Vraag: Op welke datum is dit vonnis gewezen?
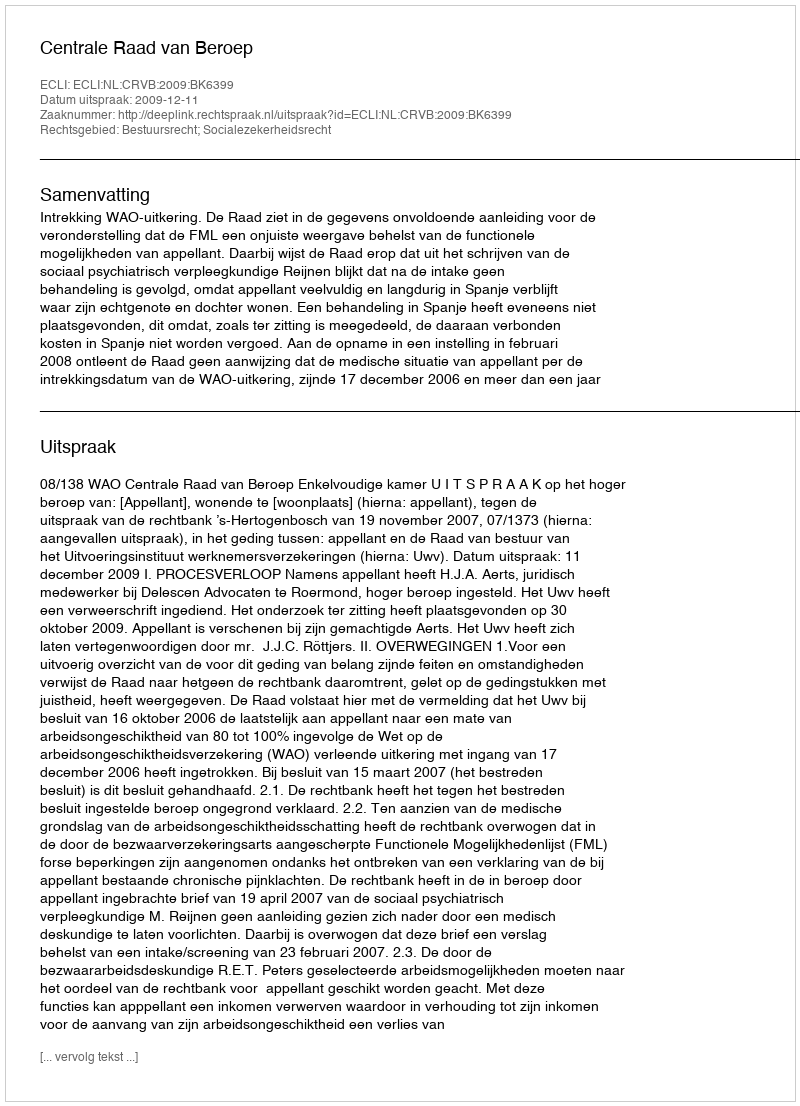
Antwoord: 2009-12-11